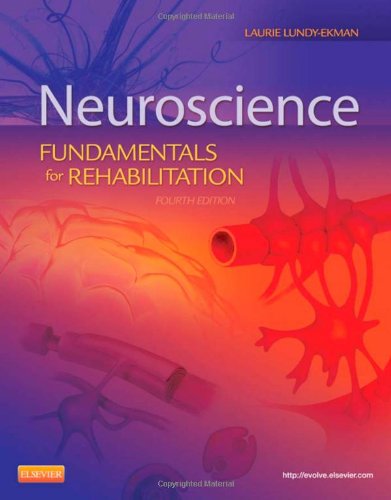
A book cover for Neuroscience: Fundamentals for Rehabilitation, 4e; Laurie Lundy-Ekman PhD  PT; Medical Books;